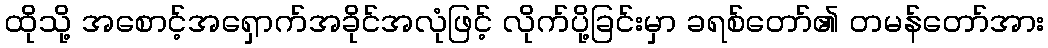
ထိုသို့ အစောင့်အရှောက်အခိုင်အလုံဖြင့် လိုက်ပို့ခြင်းမှာ ခရစ်တော်၏ တမန်တော်အား